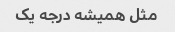
مثل همیشه درجه یک